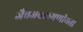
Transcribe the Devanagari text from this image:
जैवअवक्रमणीयता